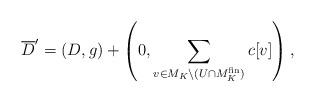
LaTeX: \begin{align*}\overline{D}' = (D, g) + \left(0, \sum_{v \in M_K \setminus (U \cap M_K^{\mathrm{fin}})} c [v]\right),\end{align*}